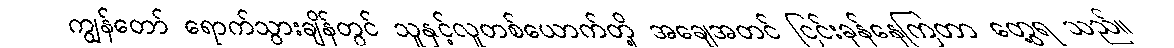
ကျွန်တော် ရောက်သွားချိန်တွင် သူနှင့်လူတစ်ယောက်တို့ အချေအတင် ငြင်းခုန်နေကြတာ တွေ့ရ သည်။